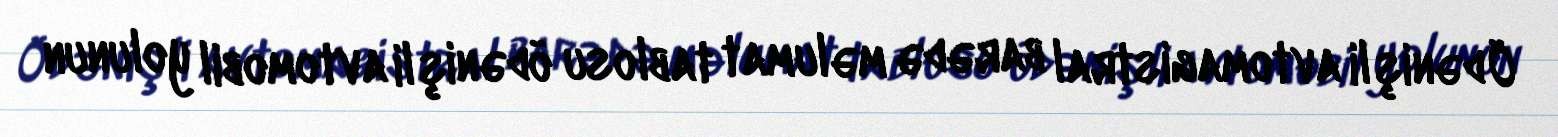
Ödənişli avtomagistral barədə məlumat tablosu ödənişli avtomobil yolunun